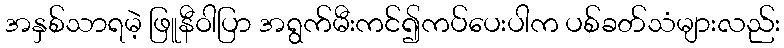
အနှစ်သာရမဲ့ ဖြူနီဝါပြာ အရွက်မီးကင်၍ကပ်ပေးပါက ပစ်ခတ်သံများလည်း